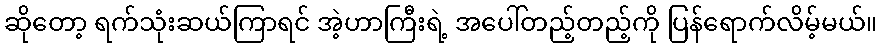
ဆိုတော့ ရက်သုံးဆယ်ကြာရင် အဲ့ဟာကြီးရဲ့ အပေါ်တည့်တည့်ကို ပြန်ရောက်လိမ့်မယ်။